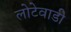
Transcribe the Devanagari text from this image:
लोटेवाडी